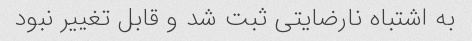
به اشتباه نارضایتی ثبت شد و قابل تغییر نبود